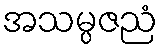
အသမ္ပဇညံ